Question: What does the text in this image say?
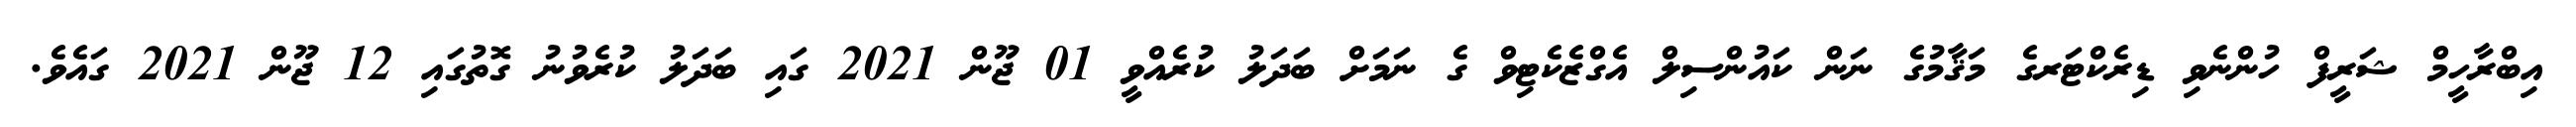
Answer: އިބްރާހީމް ޝަރީފް ހުންނެވި ޑިރެކްޓަރގެ މަޤާމުގެ ނަން ކައުންސިލް އެގްޒެކެޓިވް ގެ ނަމަށް ބަދަލު ކުރެއްވީ 01 ޖޫން 2021 ގައި ބަދަލު ކުރެވުނު ގޮތުގައި 12 ޖޫން 2021 ގައެވެ.